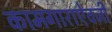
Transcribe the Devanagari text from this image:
कामगाराऐवजी